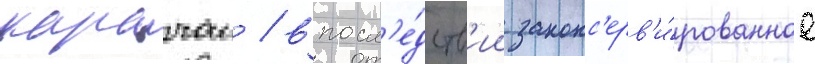
карачаи / впосл'е́дств'ии законс'ерв'и́рованное